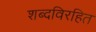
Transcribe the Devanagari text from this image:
शब्दविरहित